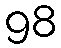
98